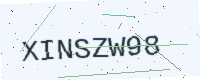
Text: XINSZW98